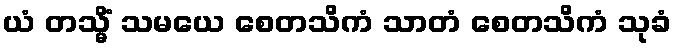
ယံ တသ္မိံ သမယေ စေတသိကံ သာတံ စေတသိကံ သုခံ